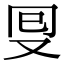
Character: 𠬸